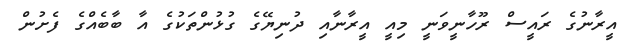
އީރާނުގެ ރައީސް ރޫހާނީވަނީ މިއީ އީރާނާއި ދުނިޔޭގެ ގުޅުންތަކުގެ އާ ބާބެއްގެ ފެށުން